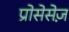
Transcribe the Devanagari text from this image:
प्रोसेसेज़